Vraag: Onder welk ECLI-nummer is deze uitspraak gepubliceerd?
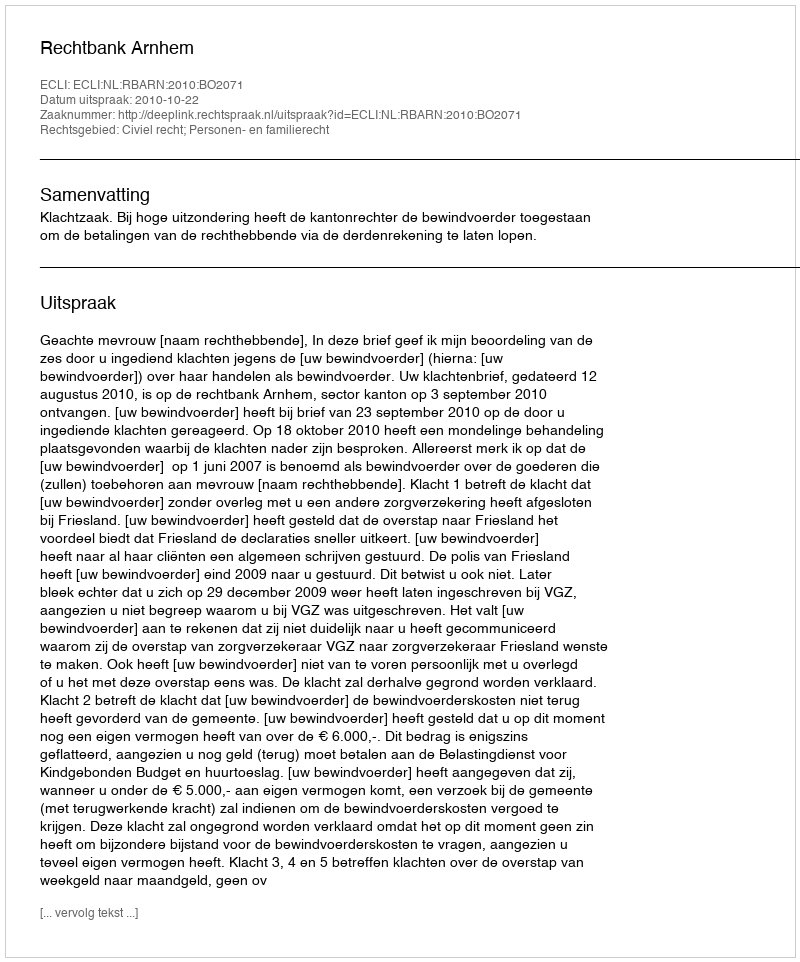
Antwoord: ECLI:NL:RBARN:2010:BO2071